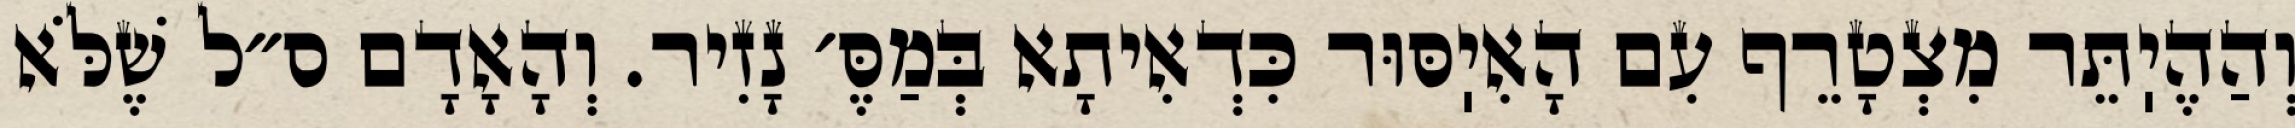
וְהַהֶיֽתֵּר מִצְטָרֵף עִם הָאִיֽסּוּר כִּדְאִיתָא בְּמַסֶּ׳ נָזִיר. וְהָאָדָם ס״ל שֶׁלֹּא